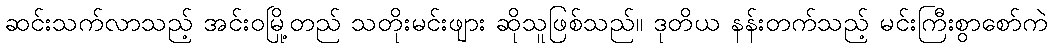
ဆင်းသက်လာသည့် အင်းဝမြို့တည် သတိုးမင်းဖျား ဆိုသူဖြစ်သည်။ ဒုတိယ နန်းတက်သည့် မင်းကြီးစွာစော်ကဲ